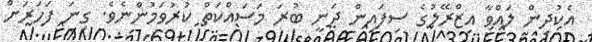
އެކުދިން ލައްވާ އިޒްރޭލުގެ ސިފައިން ދަނީ ބުރަ މަސައްކަތް ކުރުވަމުންނެވެ. ގިނަ ފަހަރަށް